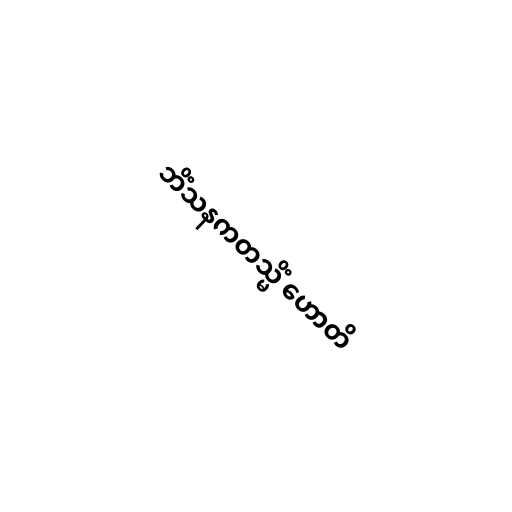
ဘိံသနကတသ္မိံ ဟောတိ